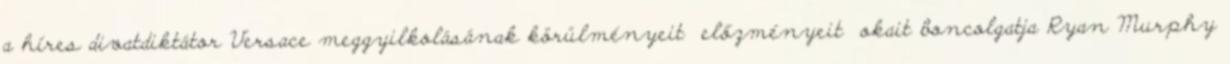
a híres divatdiktátor Versace meggyilkolásának körülményeit előzményeit okait boncolgatja Ryan Murphy